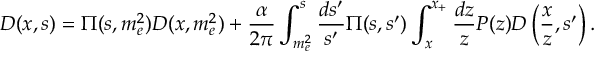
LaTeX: D ( x , s ) = \Pi ( s , m _ { e } ^ { 2 } ) D ( x , m _ { e } ^ { 2 } ) + { \frac { \alpha } { 2 \pi } } \int _ { m _ { e } ^ { 2 } } ^ { s } { \frac { d s ^ { \prime } } { s ^ { \prime } } } \Pi ( s , s ^ { \prime } ) \int _ { x } ^ { x _ { + } } { \frac { d z } { z } } P ( z ) D \left( { \frac { x } { z } } , s ^ { \prime } \right) .